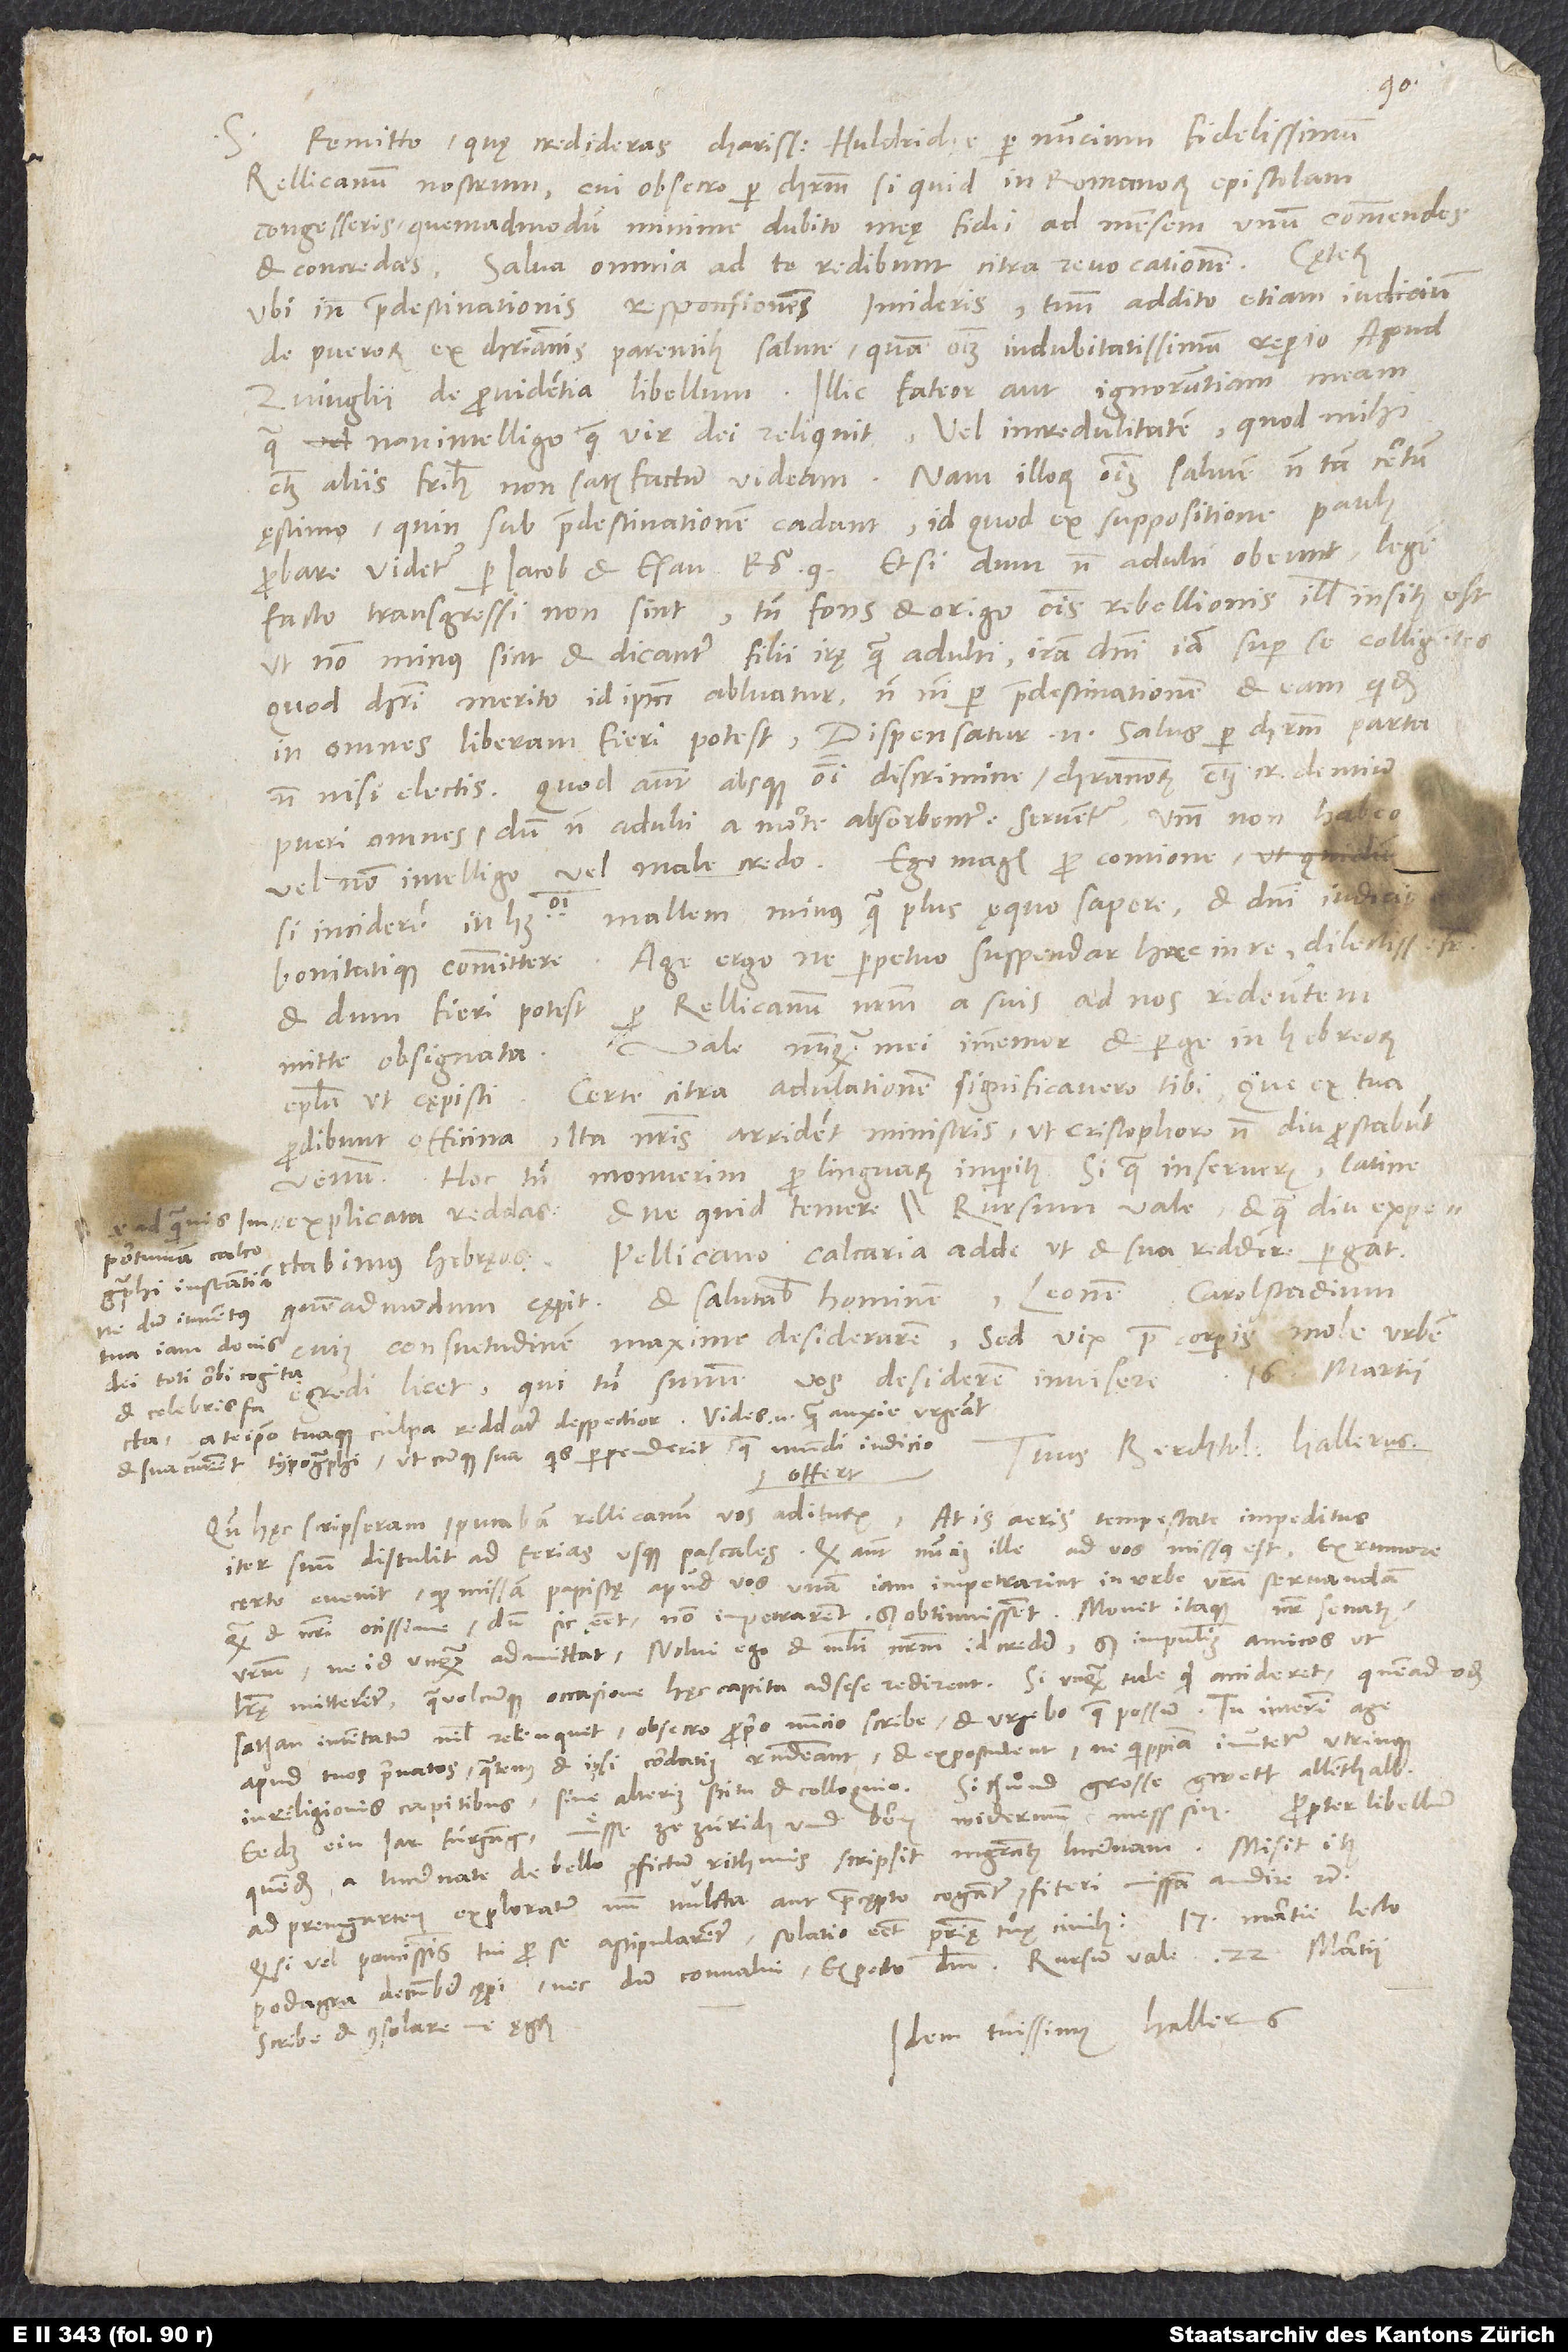
Remitto quę credideras, charissime Huldriche , per nuncium fidelissimum
Rellicanum nostrum, cui obsecro per Christum, si quid in Romanorum epistolam
congesseris, quemadmodum minime dubito, meę fidei ad mensem unum commendes
Salva omnia ad te redibunt citra revocationem.
et concredas.
ubi in praedestinationis responsiones incideris, tuum addito etiam iudicium
de puerorum ex christianis parentibus salute, quam omnium indubitatissimam reperio apud
Zuinglii «De providentia» libellum. Illic fateor aut ignorantiam meam,
qua non intelligo, quae vir dei reliquit, vel incredulitatem, quod mihi,
etiam aliis fratribus, non satisfactum videam. Nam illorum omnium salutem non tam certum
ęstimo, quin sub praedestinationem cadant, id quod ex suppositione Paulus
probare videtur per Iacob et Esau, Rom. 9 . Etsi dum non adulti obeunt, legem
facto transgressi non sint, tamen fons et origo omnis rebellionis illis insitus
ut non minus sint et dicantur filii irae quam adulti, iram domini iam super se colligentes.
Quod Christi merito id ipsum abluatur, non nisi per praedestinationem, et eam quidem
in omnes liberam, fieri potest. Dispensatur enim salus per Christum parta
non nisi electis; quod autem absque omni discrimine christianorum etiam credentium
pueri omnes, dum non adulti a morte absorbentur, serventur, verum non habeo,
vel non intelligo vel male credo. Ego magis pro contione,
si inciderem in huiusmodi, mallem minus quam plus ęquo sapere et domini iudicio
bonitatique committere. Age ergo, ne perpetuo suspendar hac in re, dilectissime frater,
et dum fieri potest per Rellicanum nostrum a suis ad nos redeuntem,
Vale, nunquam mei immemor, et perge in Hebreorum
mitte obsignata.
epistola, ut cępisti. Certe citra adulationem significavero tibi: Que ex tua
prodibunt officina, ita nostris arrident ministris, ut Cristophoro non diu prostabunt
venum. Hoc tamen monuerim, pro linguarum imperitis, si qua inserueris, latine
expectabimus Hebraeos? Pellicano calcaria adde, ut et sua reddere pergat,
Carolstadium, cuius consuetudinem maxime desiderarem. Sed vix prae corporis mole urbem
dei toti orbi cognita
a te ipso tuaque culpa reddatur despectior. Vides enim, quam anxie urgeant
Tuus Berchtol. Hallerus.
et sua curent typographi, utcunque sua quis perpenderit, quae mundi iudicio
offert.
Quum hęc scripseram, putabam Rellicanum vos aditurum, at is aeris tempestate impeditus
iter suum distulit ad ferias usque pascales. Quod autem nuncius ille ad vos missus est, ex rumore
certo evenit, quod missam papistę apud vos unam iam impetrarint in urbe vestra servandam,
quam et nostri ocissime, dum sic esset, non impetrarent, sed obtinuissent. Monet itaque noster senatus
vestrum, ne id unquam admittat. Nolui ego et multi nostrum id credere, sed impulimus amicos, ut
literae mitterentur, qua vel cumque occasione hęc capita ad sese redirent. Si unquam tale quid accideret, quemadmodum
sathan intentatum nihil relinquit, obsecro, proprio nuncio scribe, et urgebo, quae possum. Tu interim age
apud tuos privatos, quatenus et ipsi cordatius respondeant et expostulent, ne quippiam immutetur utrinque
in religionis capitibus sine alterius scitu et colloquio. Si thuͤnd grosse gwett allenthalb:
quendam a Lucernate de bello confictum rithmis scripsit magistratus Lucernam. Misit item
ad Premgarten exploratum, num mulcta aut praecępto cogantur confiteri, missam audire etc.
Quod si vel paucissimis tui pro se astipularentur, solatio esset patriae tuae civibus.
podagra decumbere cępi necdum convalui; expecto deum. Rursum vale.
Idem tuissimus Hallerus.
Scribe et consolare me ęgrum.

est,